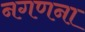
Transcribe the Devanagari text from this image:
नगणना